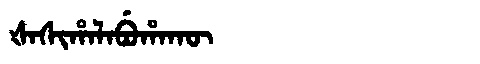
Manchu: ᡧᠠᠰᡳᡥᠠᠯᠠᠪᡠᡥᠠᡴᡡ
Romanization: ŠASIHALABUHAKŪ